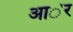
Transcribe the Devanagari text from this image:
आ॓र